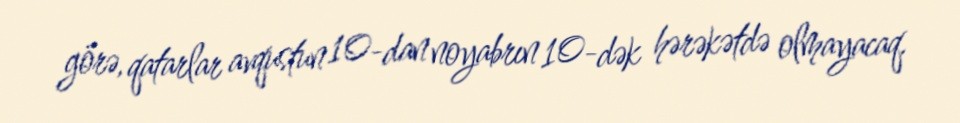
görə, qatarlar avqustun 10-dan noyabrın 10-dək hərəkətdə olmayacaq.